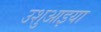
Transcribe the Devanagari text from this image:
उशुआइया